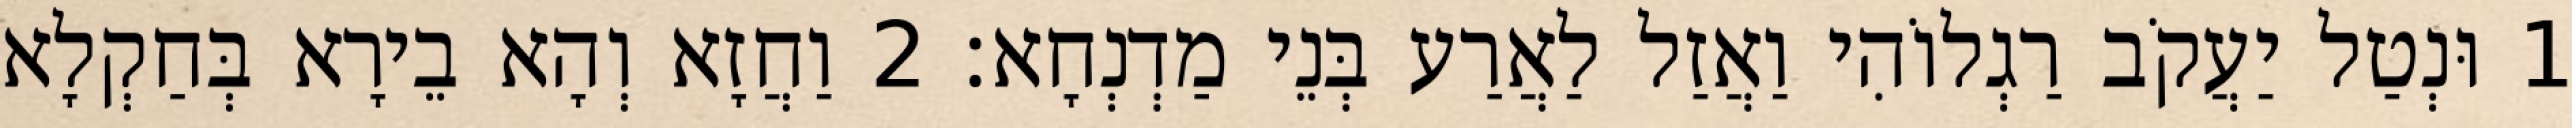
1 וּנְטַל יַעֲקֹב רַגְלוֹהִי וַאֲזַל לַאֲרַע בְּנֵי מַדְנְחָא׃ 2 וַחֲזָא וְהָא בֵירָא בְּחַקְלָא